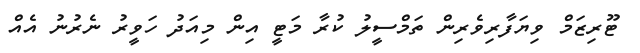
ޓޫރިޒަމް ވިޔަފާރިވެރިން ތަމްސީލު ކުރާ މަޓީ އިން މިއަދު ހަވީރު ނެރުނު އެއް